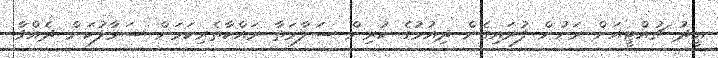
ޢީދު ޗުއްޓީއަށް ރަށުން ފުރައިގެން ދިއުމުގެ ކުރިން ސަލާމަތާ ރައްކާތެރިކަމަށް ސަމާލުކަން ދެއްވާ